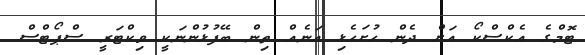
ޓޮމްގެ އެކްސްކޯ އަށް ދެން ހުށަހެޅި އަނެއް ތިން ބޭފުޅުންނަކީ ވިކްޓަރީ ސްޕޯޓްސް